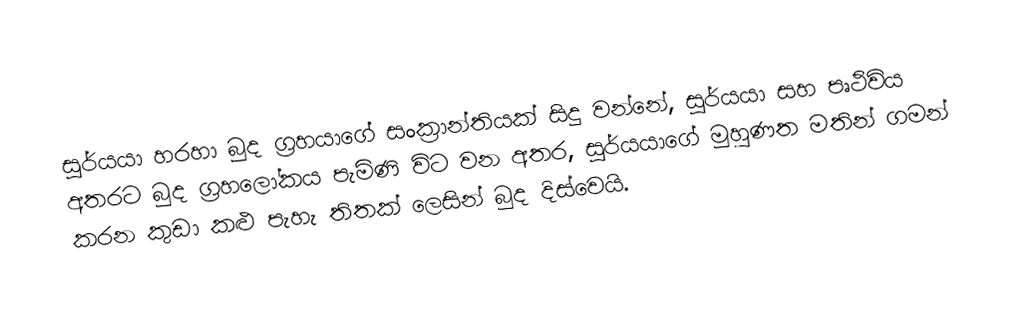
සූර්යයා හරහා බුද ග්‍රහයාගේ සංක්‍රාන්තියක් සිදු වන්නේ,  සූර්යයා සහ පෘථිවිය අතරට බුද ග්‍රහලෝකය පැමිණි විට වන අතර, සූර්යයාගේ මුහුණත මතින් ගමන් කරන කුඩා කළු පැහැ තිතක් ලෙසින් බුද දිස්වෙයි.